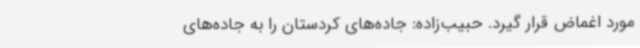
مورد اغماض قرار گیرد. حبیب‌زاده: جاده‌های کردستان را به جاده‌های